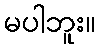
မပါဘူး။